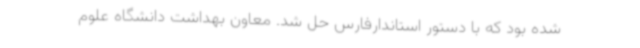
شده بود که با دستور استاندارفارس حل شد. معاون بهداشت دانشگاه علوم